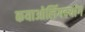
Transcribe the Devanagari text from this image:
कयाओलिंगक्यांग